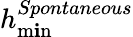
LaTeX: h_{\operatorname*{m\mathbf{i}n}}^{Spontaneous}